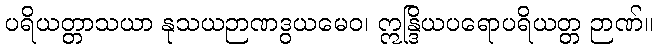
ပရိယတ္တာသယာ နုသယဉာဏဒွယမေဝ၊ ဣန္ဒြိယပရောပရိယတ္တ ဉာဏ်။